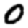
Digit: 0